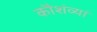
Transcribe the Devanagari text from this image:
कौशंव्यां